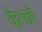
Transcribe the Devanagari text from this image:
कैफो